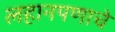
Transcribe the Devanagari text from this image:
लहानपणाचे